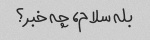
بله سلام، چه خبر؟